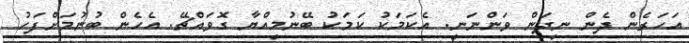
އަހަރެން ދެން ނިދަން ވަންނަނީ. އެކަމަކު ކަމަކު ބޭނުމިއްޔާ ގޮވައްޗޭ. އެހެން ބުނުމަށްފަހު